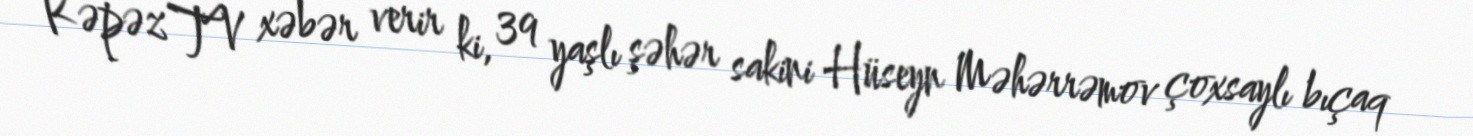
Kəpəz TV xəbər verir ki, 39 yaşlı şəhər sakini Hüseyn Məhərrəmov çoxsaylı bıçaq